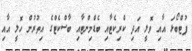
ފުޓްބޯޅަ އާއި ވޮލީ އަދި ކްރިކެޓާއި ބެޑްމިންޓާއި ބާސްކެޓްގެ އިތުރުން ހޮލީ އާއި